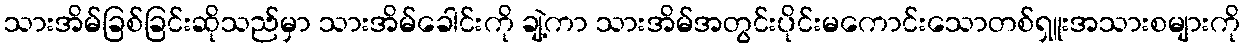
သားအိမ်ခြစ်ခြင်းဆိုသည်မှာ သားအိမ်ခေါင်းကို ချဲ့ကာ သားအိမ်အတွင်းပိုင်းမကောင်းသောတစ်ရှူးအသားစများကို